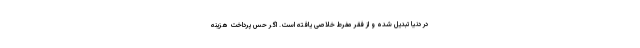
در دنیا تبدیل شده و از فقر مفرط خلاصی یافته است. اگر حس پرداخت هزینه